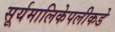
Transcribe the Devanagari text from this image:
सूर्यमालिकेपलीकडे